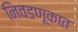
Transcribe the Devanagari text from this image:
निवडणूकात